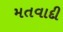
મતવાદી